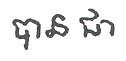
បាន ជា